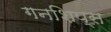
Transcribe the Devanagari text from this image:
गनशिप्स